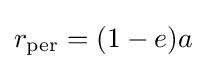
{\textstyle r_{\text{per}}=(1-e)a}